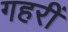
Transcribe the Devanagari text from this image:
गहरीं